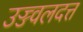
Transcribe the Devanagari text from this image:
उज्ज्वलदत्त